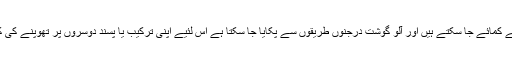
پیسے مختلف شعبوں سے کمائے جا سکتے ہیں اور آلو گوشت درجنوں طریقوں سے پکایا جا سکتا ہے اس لئیے اپنی ترکیب یا پسند دوسروں پر تھوپنے کی کوئی ضرورت ہی نہیں۔